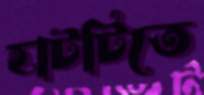
হাটটিতে